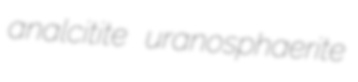
analcitite uranosphaerite